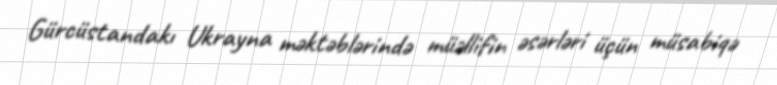
Gürcüstandakı Ukrayna məktəblərində müəllifin əsərləri üçün müsabiqə